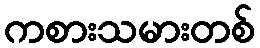
ကစားသမားတစ်